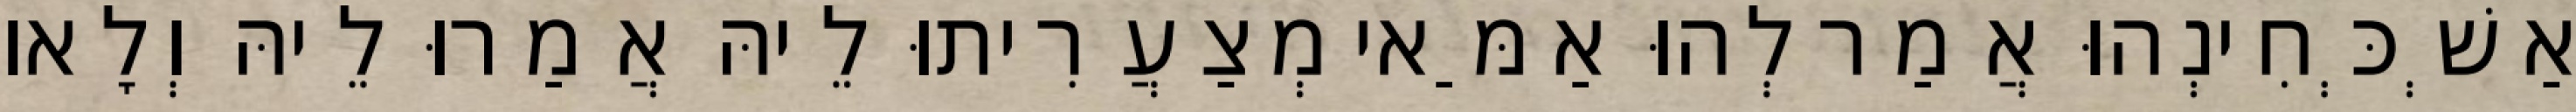
אַשְׁכְּחִינְהוּ אֲמַר לְהוּ אַמַּאי מְצַעֲרִיתוּ לֵיהּ אֲמַרוּ לֵיהּ וְלָאו